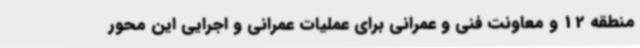
منطقه 12 و معاونت فنی و عمرانی برای عملیات عمرانی و اجرایی این محور